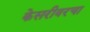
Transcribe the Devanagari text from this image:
केसरीवरचा